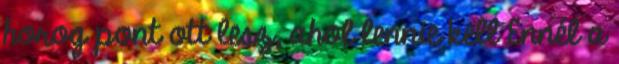
horog pont ott lesz, ahol lennie kell Ennél a